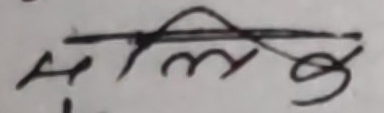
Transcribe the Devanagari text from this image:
सिम्पत्तिक